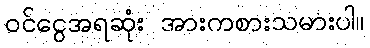
ဝင်ငွေအရဆုံး အားကစားသမားပါ။